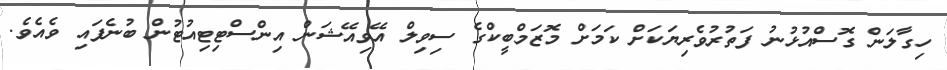
ހިގާލަން ގޮސްއުޅުނު ފަތުރުވެރިޔަކަށް ކަމަށް މޮޒަމްބީކްގެ ސިވިލް އޭވިއޭޝަން އިންސްޓިޓިއުޓުން ބުނެފައި ވެއެވެ.